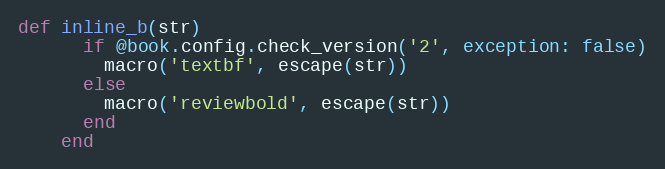
Language: Ruby
def inline_b(str)
      if @book.config.check_version('2', exception: false)
        macro('textbf', escape(str))
      else
        macro('reviewbold', escape(str))
      end
    end